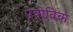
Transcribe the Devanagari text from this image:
पेत्रोविक